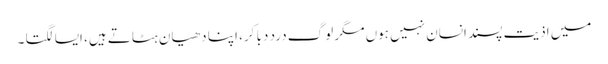
میں اذیت پسند انسان نہیں ہوں مگر لوگ درد دبا کر، اپنا دھیان ہٹاتے ہیں، ایسا لگتا ۔